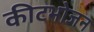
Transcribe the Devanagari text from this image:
कीटभोजन